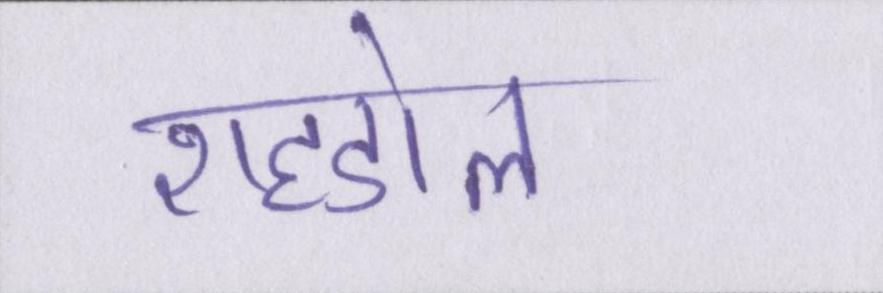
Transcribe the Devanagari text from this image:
शहडोल